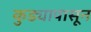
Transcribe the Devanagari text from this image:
कुड्यापासून